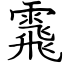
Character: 䬠